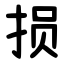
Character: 损